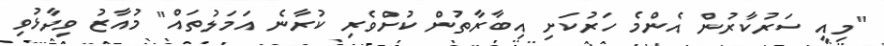
"މިއީ ސަރުކާރުން އެންމެ ހަރުކަށި އިބާރާތުން ކުށްވެރި ކުރާނެ އަމަލުތައް" މުއާޒު ވިދާޅުވި